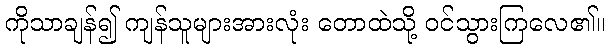
ကိုသာချန်၍ ကျန်သူများအားလုံး တောထဲသို့ ဝင်သွားကြလေ၏။